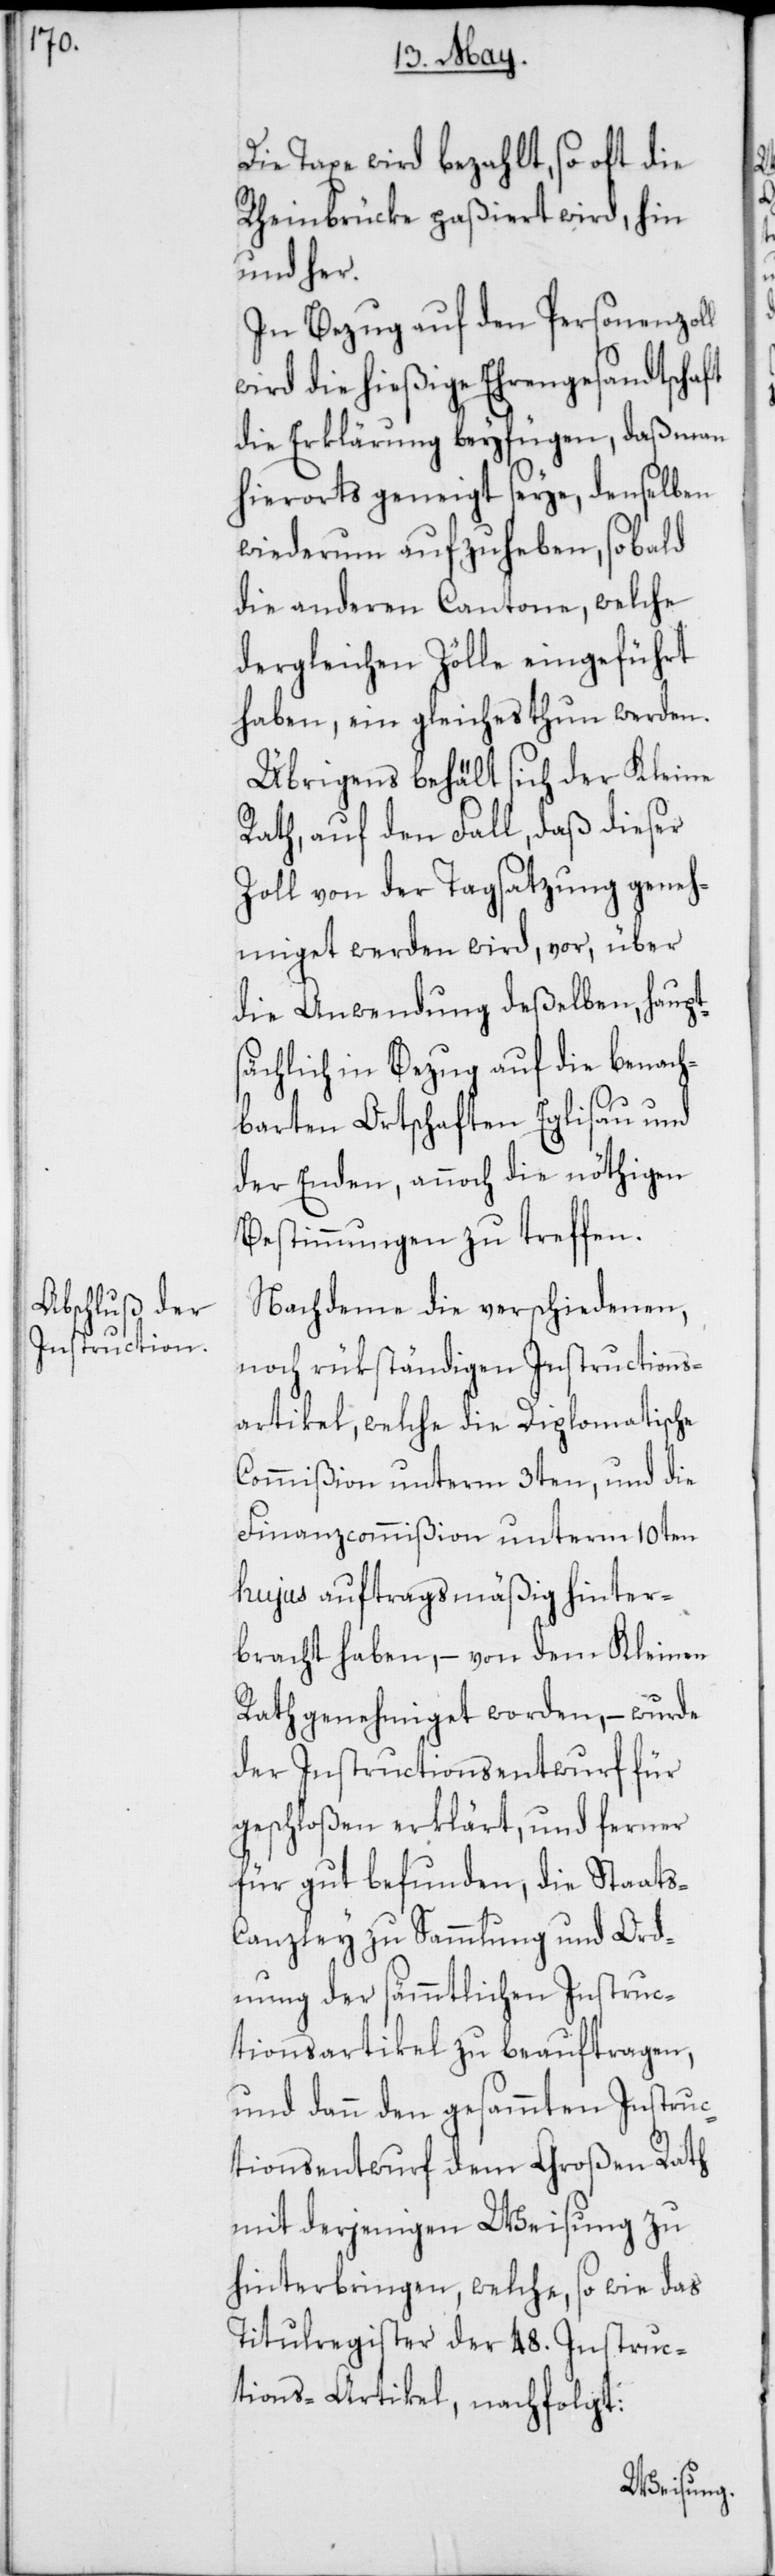
s-C¬

Die Taxe wird bezahlt, so oft die
Rheinbrücke paßiert wird, hin
und her.
In Bezug auf den Personenzoll
wird die hießige Ehrengesandtschaft
die Erklärung beyfügen, daß man
hierorts geneigt seye, denselben
wiederum aufzuheben, sobald
die anderen Cantone, welche
dergleichen Zölle eingeführt
haben, ein Gleiches thun werden.
Übrigens behält sich der Kleine
Rath, auf den Fall, daß dieser
Zoll von der Tagsatzung geneh¬
miget werden wird, vor, über
die Anwendung deßelben, haupt¬
sächlich in Bezug auf die benach¬
barten Ortschaften Eglisau und
der Enden, annoch die nöthigen
Bestimmungen zu treffen.
Nachdeme die verschiedenen,
noch rükständigen Instructions¬
artikel, welche die Diplomatische
Commißion unterm 3ten, und die
Finanzcommißion unterm 10ten
hujus auftragsmäßig hinter¬
bracht haben, – von dem Kleinen
Rath genehmiget worden, – wurde
der Instructionsentwurf für
geschloßen erklärt, und ferner
für gut befunden, die Staat¬
anzley zu Sammlung und Ord¬
nung der sämmtlichen Instruc¬
tionsartikel zu beauftragen,
und dann den gesammten Instruc¬
tions-Entwurf dem Großen Rath
mit derjenigen Weisung zu
hinterbringen, welche, so wie das
Titulregister der 48. Instruc¬
tions-Artikel, nachfolgt: